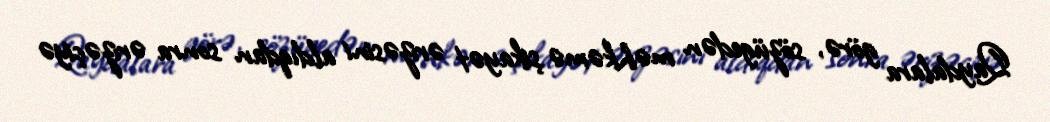
Qaydalara görə, sözügedən məhkəmə şikayət ərizəsini aldıqdan sonra ərizəçiyə